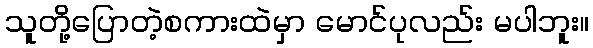
သူတို့ပြောတဲ့စကားထဲမှာ မောင်ပုလည်း မပါဘူး။